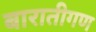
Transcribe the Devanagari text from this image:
बारातीगण